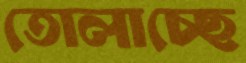
তোলাচ্ছে